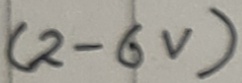
Text: (2-6V)